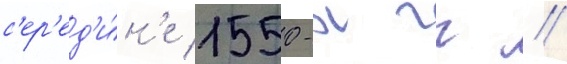
с'ер'ед'и́н'е 1550-х гг //